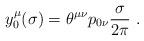
LaTeX: \begin{align*}y_{0}^{\mu}(\sigma) = \theta^{\mu\nu}p_{0\nu} \frac{\sigma}{2\pi}~. \end{align*}